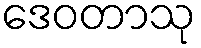
ဒေဝတာသု